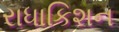
રાધાકિશન